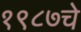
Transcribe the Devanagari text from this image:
१९८७चे